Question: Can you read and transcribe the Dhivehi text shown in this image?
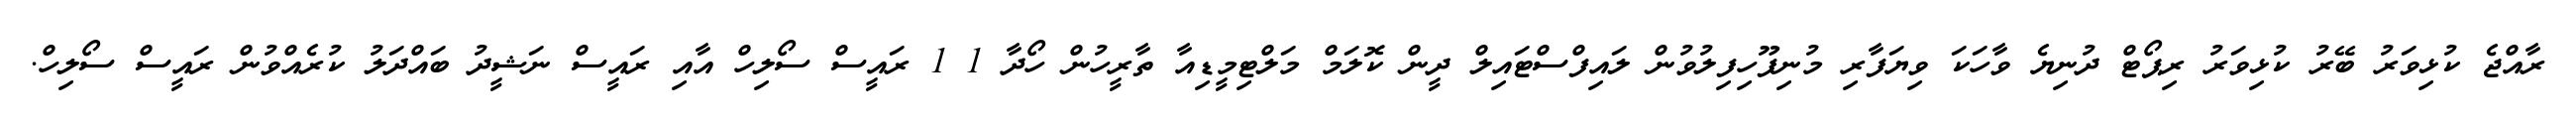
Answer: ރާއްޖެ ކުޅިވަރު ބޭރު ކުޅިވަރު ރިޕޯޓް ދުނިޔެ ވާހަކަ ވިޔަފާރި މުނިފޫހިފިލުވުން ލައިފްސްޓައިލް ދީން ކޮލަމް މަލްޓިމީޑިއާ ތާރީހުން ހޯދާ 1 1 ރައީސް ސޯލިހް އާއި ރައީސް ނަޝީދު ބައްދަލު ކުރެއްވުން ރައީސް ސޯލިހް.